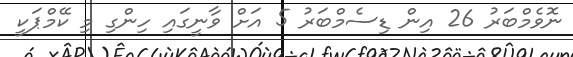
ނޮވެމްބަރު 26 އިން ޑިސެމްބަރު 5 އަށް ވާނީގައި ހިންގި މި ކޭމްޕަކީ